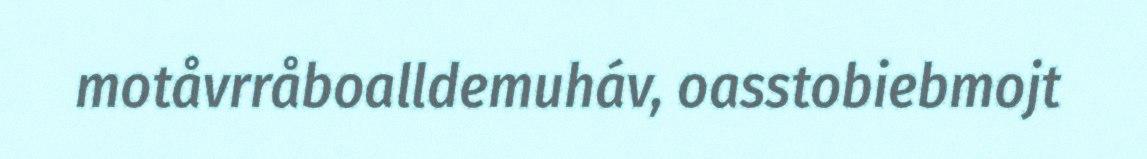
motåvrråboalldemuháv, oasstobiebmojt